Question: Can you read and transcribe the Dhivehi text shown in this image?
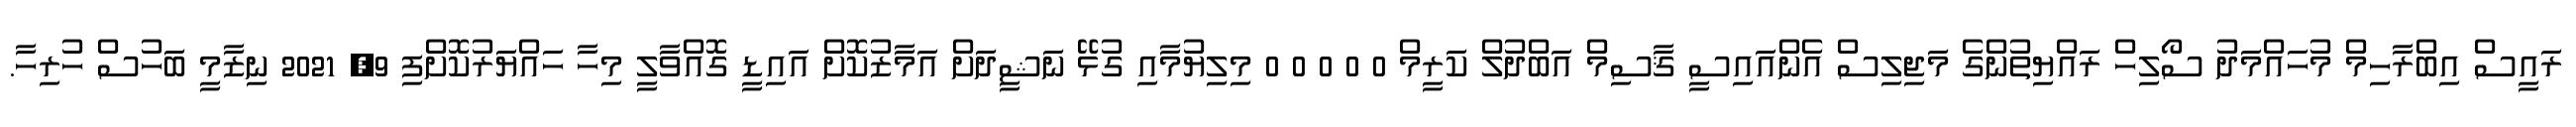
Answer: ރައީސް އިބްރާހިމް މުހައްމަދު ސޯލިހް ރައްޔިތުންގެ މަޖިލިސް އެންއައިސީ ޤާސިމް އަބްދުލް ކަރީމް 0 0 0 0 0 މިލިޔުމާއި ގުޅޭ ނަޝީދަށް އަމާޒުކޮށް އައިޑީ ގޮއްވާލީ މިހާ ހައްޔަރުކޮށްފި 9, 2021 ނިޒާމީ ބަހުސް ހުރިހާ.